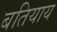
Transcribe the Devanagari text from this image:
बतियाय